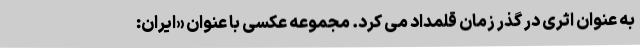
به عنوان اثری در گذر زمان قلمداد می کرد. مجموعه عکسی با عنوان «ایران: